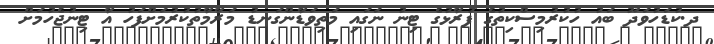
ދ.ކުޑަހުވަދޫ ބައު ހުކުރުމިސްކިތުގެ ފުރާޅުގެ ޓިނު ނަގައި މަތިވަޑާންގަނޑު މަރާމާތުކުރުމަށްފަހު އާ ޓިނުޖެހުމަށް